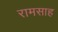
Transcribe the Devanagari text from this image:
रामसाह